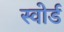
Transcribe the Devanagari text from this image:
स्‍वोर्ड